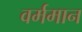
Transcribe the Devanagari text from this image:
वर्ममान